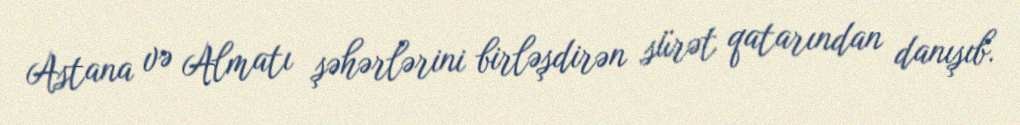
Astana və Almatı şəhərlərini birləşdirən sürət qatarından danışıb.